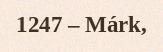
1247 – Márk,